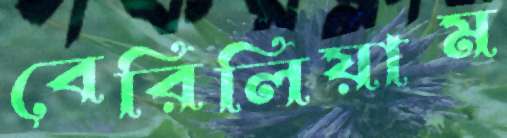
বেরিলিয়াম